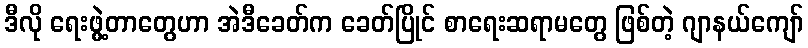
ဒီလို ရေးဖွဲ့တာတွေဟာ အဲဒီခေတ်က ခေတ်ပြိုင် စာရေးဆရာမတွေ ဖြစ်တဲ့ ဂျာနယ်ကျော်